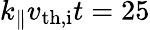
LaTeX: k_{\parallel}v_{\mathrm{th,i}}t=25